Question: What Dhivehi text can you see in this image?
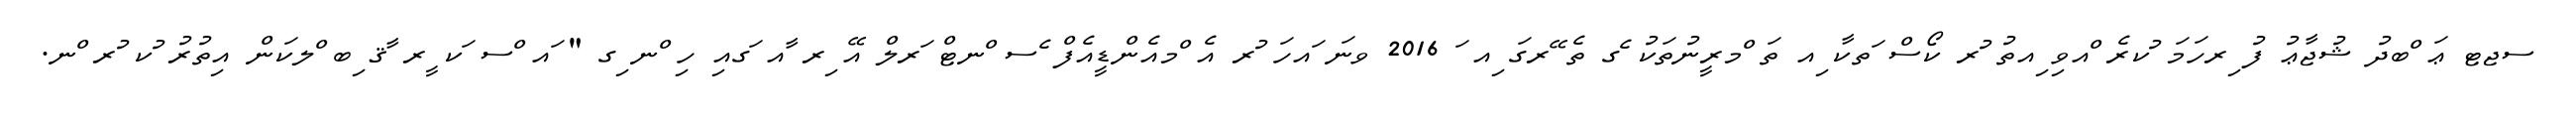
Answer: ސޖޓ ޢަ ްބދު ޝުޖާޢު ފު ިރހަމަ ުކރެ ްއވި ިއތު ުރ ކޯސް ަތކާ ިއ ތަ ްމރީނުތަކު ެގ ތެ ޭރގަ ިއ ަ 2016 ވނަ ައހަ ުރ އެ ްމއެންޑީއެފް ެސ ްނޓް ަރލް އޭ ިރ ާއ ަގއި ހި ްނ ިގ " ައ ްސ ަކ ީރ ާޤ ިބ ްލކަން އިތުރު ުކ ުރ ްނ.